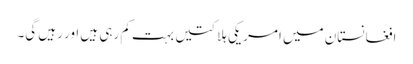
افغانستان میں امریکی ہلاکتیں بہت کم رہی ہیں اور رہیں گی۔